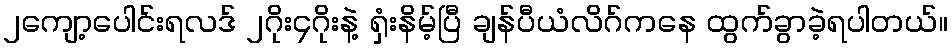
၂ကျော့ပေါင်းရလဒ် ၂ဂိုး၄ဂိုးနဲ့ ရှံးနိမ့်ပြီ ချန်ပီယံလိဂ်ကနေ ထွက်ခွာခဲ့ရပါတယ်။